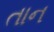
તાન